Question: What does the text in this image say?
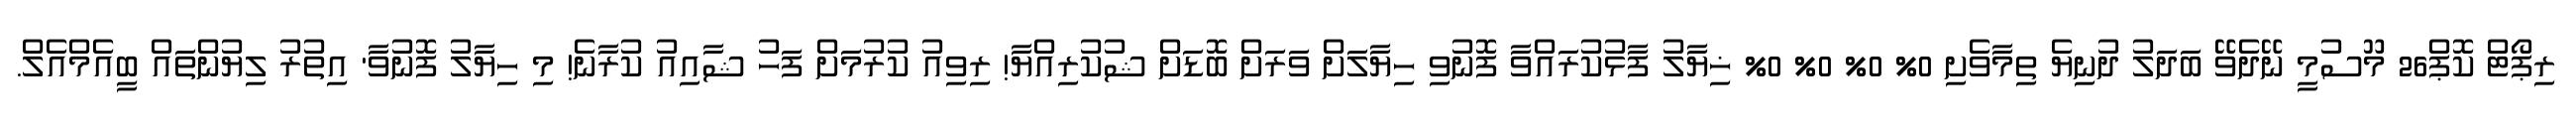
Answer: ރިޕޯޓް ކޮޕް26 މޫސުމީ ނޭދެވޭ ބަދަލު ދުނިޔެ ތިމާވެށި 0% 0% 0% 0% ޚިޔާލު ފާޅުކުރައްވާ ފޮނުވި ހިޔާލަށް ވަރަށް ބޮޑަށް ޝުކުރިއްޔާ! ރިވިއު ކުރުމަށް ފަހު ޝާއިއު ކުރާނެ! މި ހިޔާލު ފޮނުވާ' އިތުރު ލިޔުންތައް ބީއެމްއެލް.